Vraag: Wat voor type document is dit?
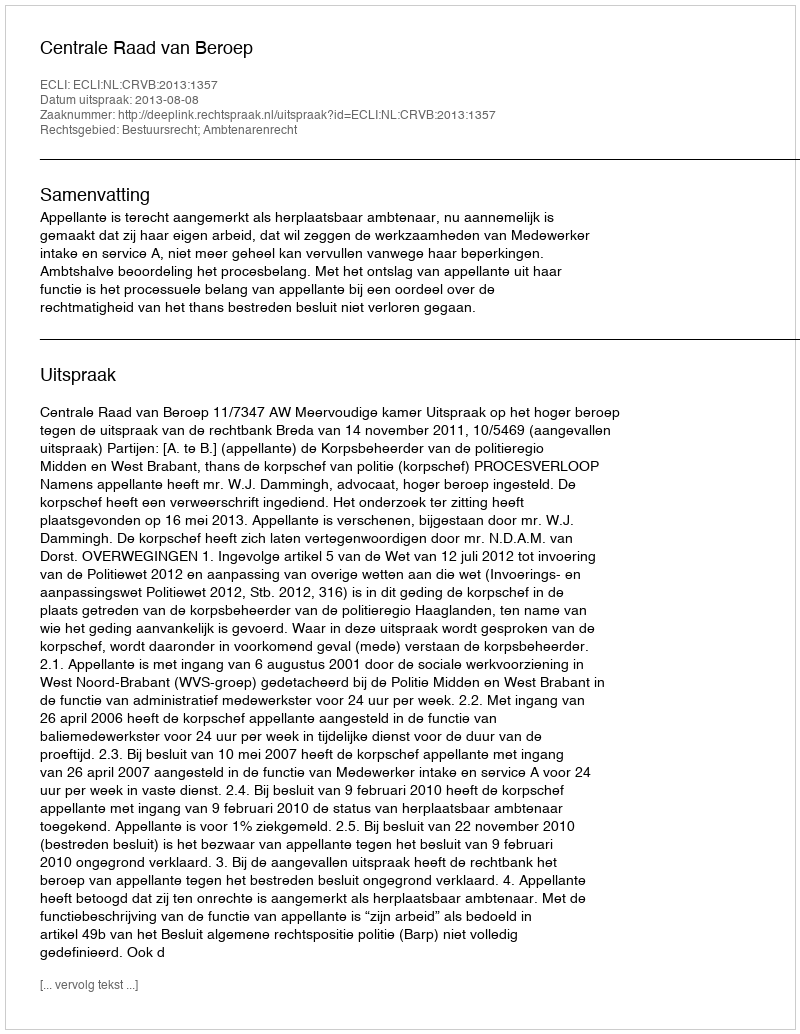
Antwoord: Uitspraak